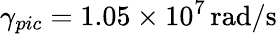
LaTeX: \gamma_{pic}=1.05\times 10^{7}\, \mathrm{rad/s}